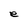
Character: e